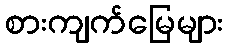
စားကျက်မြေများ